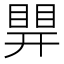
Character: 𥈪